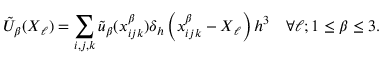
\tilde { U } _ { \beta } ( \boldsymbol { X } _ { \ell } ) = \sum _ { i , j , k } \tilde { u } _ { \beta } ( \boldsymbol { x } _ { i j k } ^ { \beta } ) \delta _ { h } \left( \boldsymbol { x } _ { i j k } ^ { \beta } - \boldsymbol { X } _ { \ell } \right) h ^ { 3 } \quad \forall \ell ; 1 \leq \beta \leq 3 .